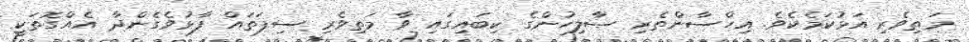
މަތިވެރި އަޅުކަމެކެވެ. އިހްސާންތެރި ޞާލިހުންގެ ކިބައިގައި ވާ މަތިވެރި ސިފަތައް ފާޅުވެގެންދާ އެއްގޮތަކީ